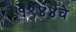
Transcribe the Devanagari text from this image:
१९४४चे